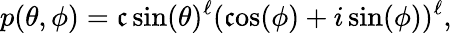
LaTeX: p(\theta,\phi)=\mathfrak{c}\, \mathrm{{sin}}(\theta)^{\ell}(\mathrm{{\mathfrak{c}os}}(\phi)+i\, \mathrm{{sin}}(\phi))^{\ell},